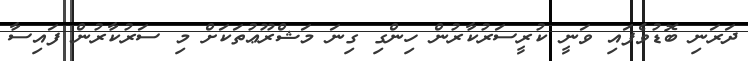
ދަރަނި ބޮޑުވެފައި ވަނީ ކުރީސަރުކާރުން ހިންގި ގިނަ މަޝްރޫޢުތަކަށް މި ސަރުކާރުން ފައިސާ